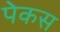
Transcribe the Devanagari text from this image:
पेकस